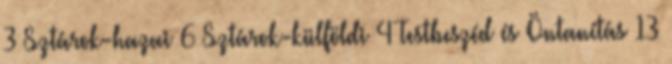
3 Sztárok-hazai 6 Sztárok-külföldi 4 Testbeszéd és Öntanítás 13